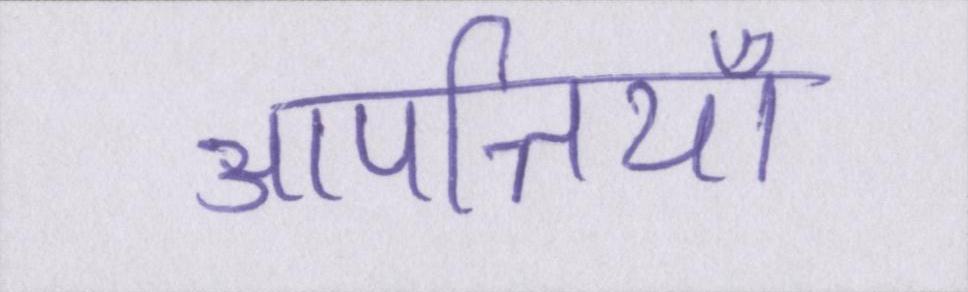
आपत्तियाँ